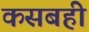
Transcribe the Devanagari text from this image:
कसबही